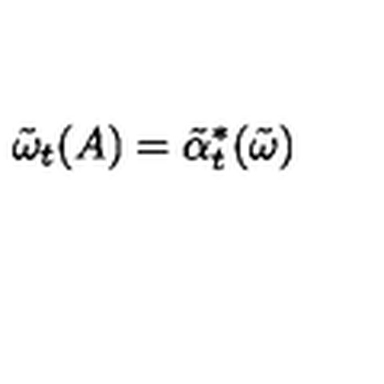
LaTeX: \tilde { \omega } _ { t } ( A ) = \tilde { \alpha } _ { t } ^ { * } ( \tilde { \omega } )